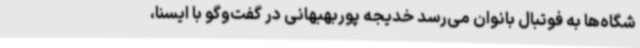
شگاه‌ها به فوتبال بانوان می‌رسد خدیجه پوربهبهانی در گفت‌وگو با ایسنا،